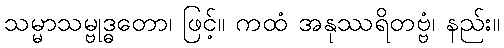
သမ္မာသမ္ဗုဒ္ဓတော၊ ဖြင့်။ ကထံ အနုဿရိတဗ္ဗံ၊ နည်း။